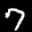
Label: 7